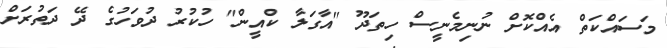
މަސައްކަތް އެއްކޮށް ނުނިމެނީސް ހިތަދޫ "އާގަލާ ކްއީން" ހުކުރު ދުވަހުގެ ދޭ ދަތުރަށް